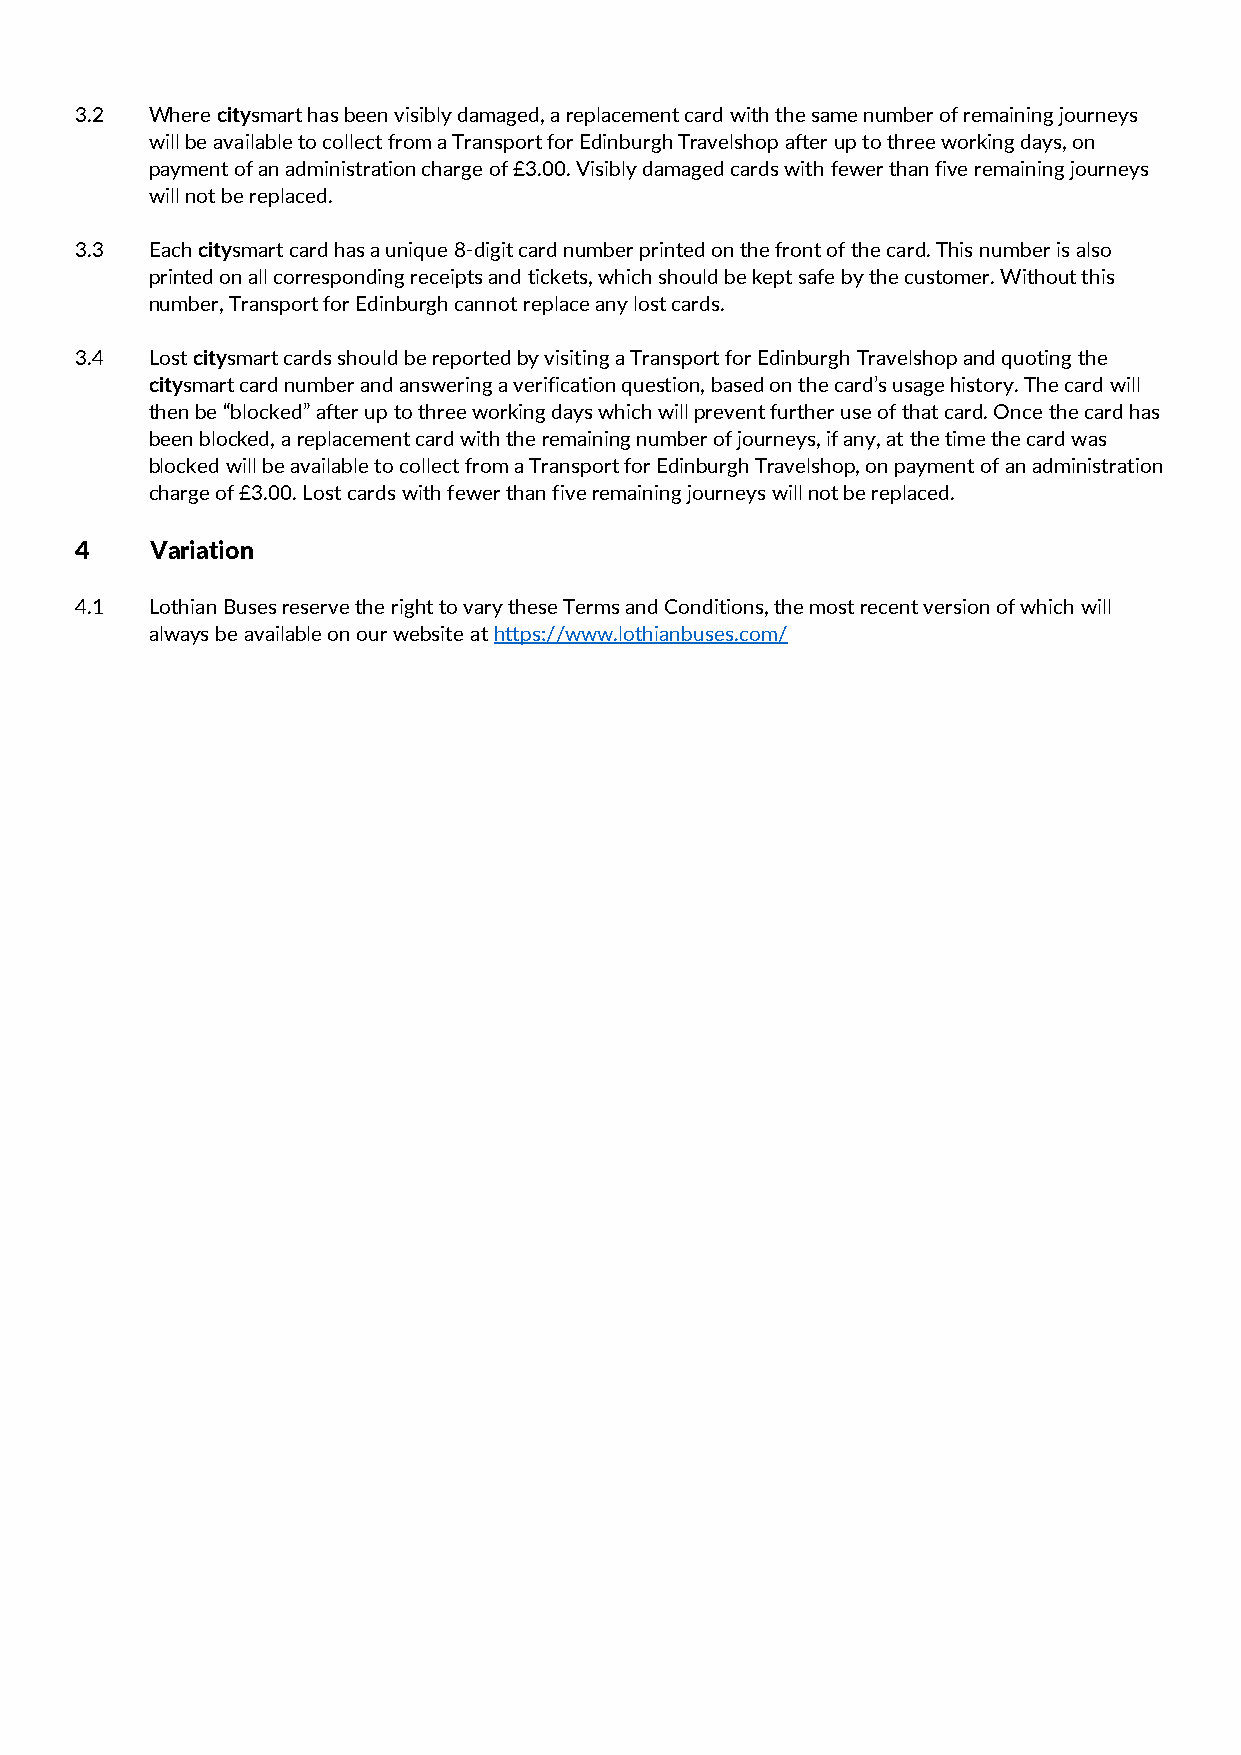
3.2  Where citysmart has been visibly damaged, a replacement card with the same number of remaining journeys
 will be available to collect from a Transport for Edinburgh Travelshop after up to three working days, on
 payment of an administration charge of £3.00. Visibly damaged cards with fewer than five remaining journeys
 will not be replaced.
 3.3  Each citysmart card has a unique 8-digit card number printed on the front of the card. This number is also
 printed on all corresponding receipts and tickets, which should be kept safe by the customer. Without this
 number, Transport for Edinburgh cannot replace any lost cards.
 3.4  Lost citysmart cards should be reported by visiting a Transport for Edinburgh Travelshop and quoting the
 citysmart card number and answering a verification question, based on the card’s usage history. The card will
 then be “blocked” after up to three working days which will prevent further use of that card. Once the card has
 been blocked, a replacement card with the remaining number of journeys, if any, at the time the card was
 blocked will be available to collect from a Transport for Edinburgh Travelshop, on payment of an administration
 charge of £3.00. Lost cards with fewer than five remaining journeys will not be replaced.
 4    Variation
 4.1  Lothian Buses reserve the right to vary these Terms and Conditions, the most recent version of which will
 always be available on our website at https://www.lothianbuses.com/